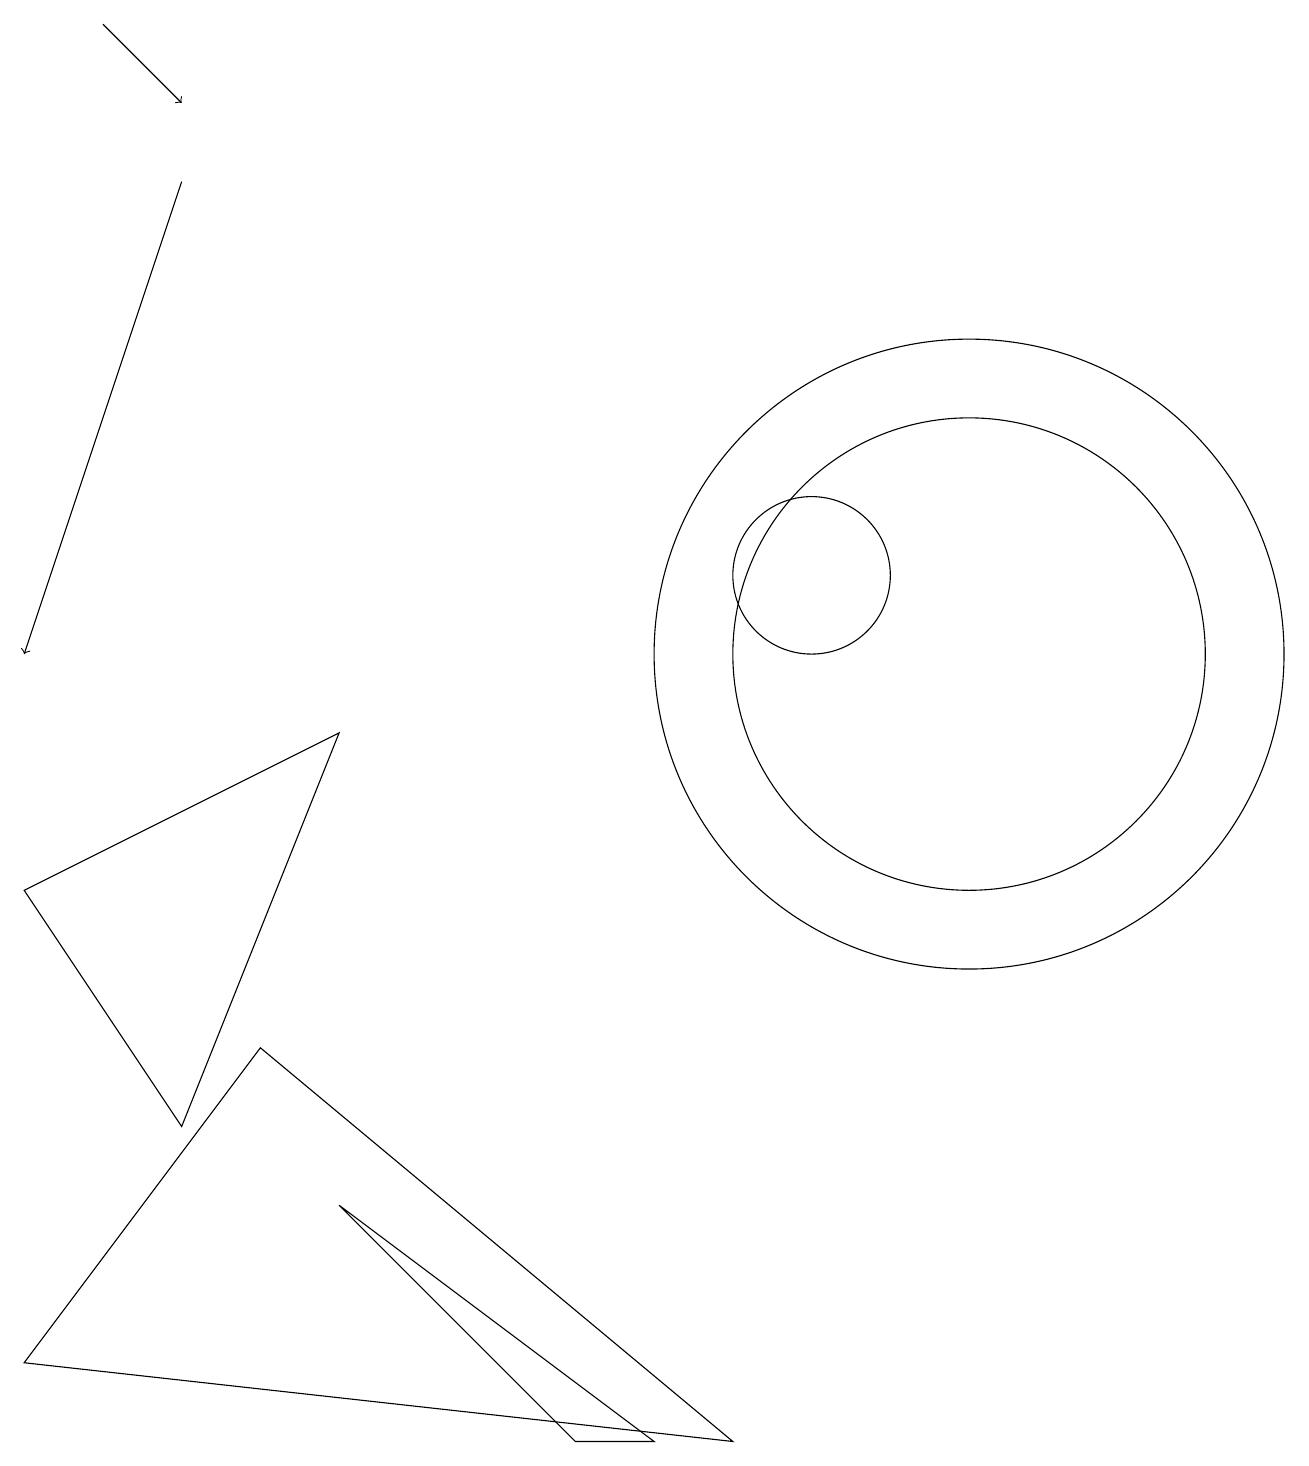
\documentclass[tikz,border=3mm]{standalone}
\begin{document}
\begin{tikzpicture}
\draw[->] (2,16) -- (0,10);
\draw (10,11) circle (1);
\draw (8,0) -- (4,3) -- (7,0) -- cycle;
\draw[->] (1,18) -- (2,17);
\draw (9,0) -- (3,5) -- (0,1) -- cycle;
\draw (12,10) circle (4);
\draw (12,10) circle (3);
\draw (0,7) -- (4,9) -- (2,4) -- cycle;
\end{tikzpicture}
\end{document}